Sketch of the medical history of the native army of Bombay, for the year
Year: 1870
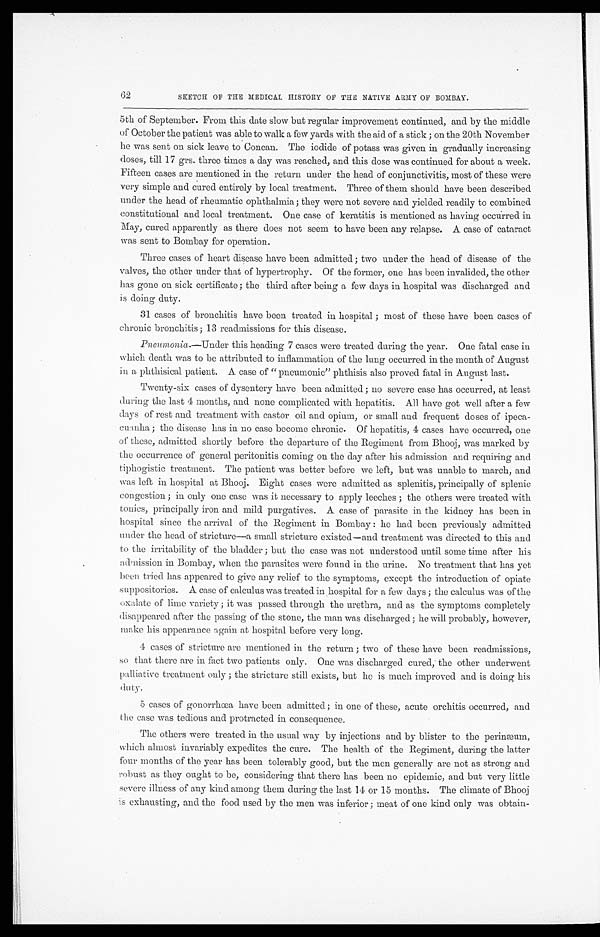
SKETCH OF THE MEDICAL HISTORY OF THE NATIVE ARMY OF BOMBAY.
5th of September. From this date slow but regular improvement continued, and by the middle
of October the patient was able to walk a few yards with the aid of a stick; on the 20th November
he was sent on sick leave to Concan. The iodide of potass was given in gradually increasing
doses, till 17 grs. three times a day was reached, and this dose was continued for about a week.
Fifteen cases are mentioned in the return under the head of conjunctivitis, most of these were
very simple and cured entirely by local treatment. Three of them should have been described
under the head of rheumatic ophthalmia; they were not severe and yielded readily to combined
constitutional and local treatment. One case of keratitis is mentioned as having occurred in
May, cured apparently as there does not seem to have been any relapse. A case of cataract
was sent to Bombay for operation.
Three cases of heart disease have been admitted; two under the head of disease of the
valves, the other under that of hypertrophy. Of the former, one has been invalided, the other
has gone on sick certificate; the third after being a few days in hospital was discharged and
is doing duty.
31 cases of bronchitis have been treated in hospital; most of these have been cases of
chronic bronchitis; 13 readmissions for this disease.
Pneumonia .—Under this heading 7 cases were treated during the year. One fatal case in
which death was to be attributed to inflammation of the lung occurred in the month of August
in a phthisical patient. A case of "pneumonic" phthisis also proved fatal in August last.
Twenty-six cases of dysentery have been admitted; no severe case has occurred, at least
during the last 4 months, and none complicated with hepatitis. All have got well after a few
days of rest and treatment with castor oil and opium, or small and frequent doses of ipeca
-cuanha; the disease has in no case become chronic. Of hepatitis, 4 cases have occurred, one
of these, admitted shortly before the departure of the Regiment from Bhooj, was marked by
the occurrence of general peritonitis coming on the day after his admission and requiring and
tiphogistic treatment. The patient was better before we left, but was unable to march, and
was left in hospital at Bhooj. Eight cases were admitted as splenitis, principally of splenic
congestion; in only one case was it necessary to apply leeches; the others were treated with
tonics, principally iron and mild purgatives. A case of parasite in the kidney has been in
hospital since the arrival of the Regiment in Bombay: he had been previously admitted
under the head of stricture—a small stricture existed—and treatment was directed to this and
to the irritability of the bladder; but the case was not understood until some time after his
admission in Bombay, when the parasites were found in the urine. No treatment that has yet
been tried has appeared to give any relief to the symptoms, except the introduction of opiate
suppositories. A case of calculus was treated in hospital for a few days; the calculus was of the
oxalate of lime variety; it was passed through the urethra, and as the symptoms completely
disappeared after the passing of the stone, the man was discharged; he will probably, however,
make his appearance again at hospital before very long.
4 cases of stricture arc mentioned in the return; two of these have been readmissions,
so that there are in fact two patients only. One was discharged cured, the other underwent
palliative treatment only; the stricture still exists, but he is much improved and is doing his
d u t y .
5 cases of gonorrhœa have been admitted; in one of these, acute orchitis occurred, and
the case was tedious and protracted in consequence.